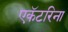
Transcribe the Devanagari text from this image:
एकॅटरिना